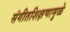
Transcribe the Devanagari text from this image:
संगीतशिक्षणामुळे